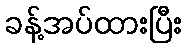
ခန့်အပ်ထားပြီး